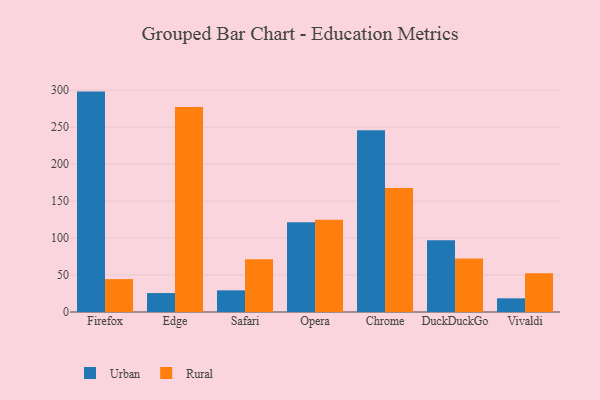
{"axis": {"x": "Browser", "y": "Humidity (%)"}, "legend": ["Rural", "Urban"], "data": [{"x": "Firefox", "y": 298.1, "type": "Urban"}, {"x": "Firefox", "y": 44.5, "type": "Rural"}, {"x": "Edge", "y": 25.6, "type": "Urban"}, {"x": "Edge", "y": 277.3, "type": "Rural"}, {"x": "Safari", "y": 29.3, "type": "Urban"}, {"x": "Safari", "y": 71.4, "type": "Rural"}, {"x": "Opera", "y": 121.5, "type": "Urban"}, {"x": "Opera", "y": 124.8, "type": "Rural"}, {"x": "Chrome", "y": 245.9, "type": "Urban"}, {"x": "Chrome", "y": 167.7, "type": "Rural"}, {"x": "DuckDuckGo", "y": 97.0, "type": "Urban"}, {"x": "DuckDuckGo", "y": 72.4, "type": "Rural"}, {"x": "Vivaldi", "y": 18.5, "type": "Urban"}, {"x": "Vivaldi", "y": 52.4, "type": "Rural"}]}